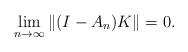
LaTeX: \begin{align*}\lim_{n \to \infty} \|(I-A_n)K\| = 0.\end{align*}